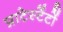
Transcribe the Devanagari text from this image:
प्राटेस्टेंटों